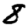
Digit: 8